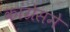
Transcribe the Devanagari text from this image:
कांग्रेसमे